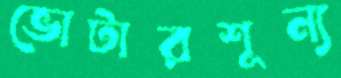
ভোটারশূন্য